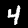
Digit: 4